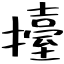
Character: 擡